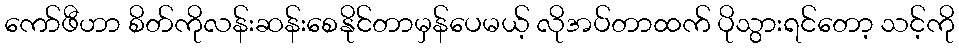
ကော်ဖီဟာ စိတ်ကိုလန်းဆန်းစေနိုင်တာမှန်ပေမယ့် လိုအပ်တာထက် ပိုသွားရင်တော့ သင့်ကို